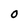
Character: O